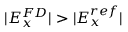
| E _ { x } ^ { F D } | > | E _ { x } ^ { r e f } |